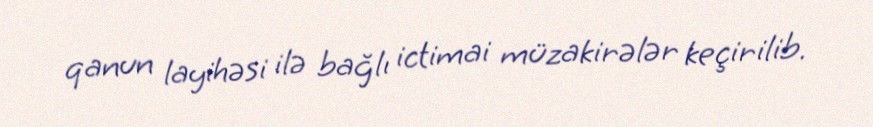
qanun layihəsi ilə bağlı ictimai müzakirələr keçirilib.